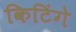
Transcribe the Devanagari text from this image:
किटिंगे